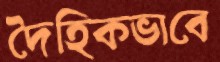
দৈহিকভাবে